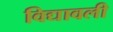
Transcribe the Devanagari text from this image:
विद्यावली